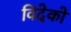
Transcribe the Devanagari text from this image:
विदेको